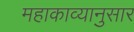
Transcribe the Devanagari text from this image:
महाकाव्यानुसार